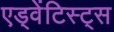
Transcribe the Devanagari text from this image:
एड्वेंटिस्ट्स